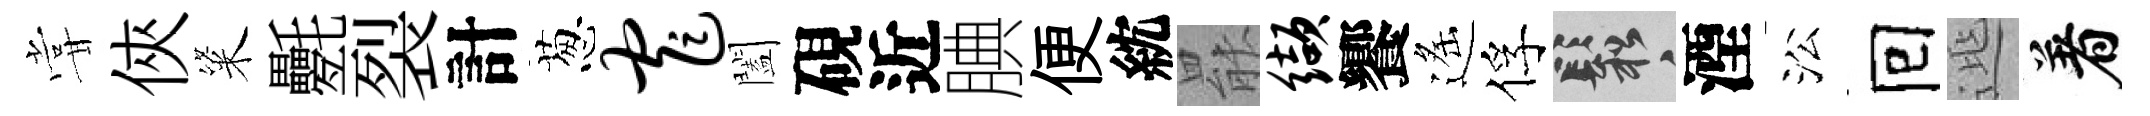
甞俠粢氎裂計葱窄闔硯近腆便紞罷缬饗遙俘鬆湮㳂囘𨓱着